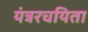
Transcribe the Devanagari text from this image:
यंत्ररचयिता